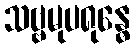
သဗ္ဗမုပရုန္ဓေ